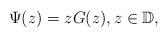
LaTeX: \begin{align*}\Psi(z)=zG(z),z\in\mathbb{D},\end{align*}